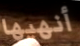
أنهيها